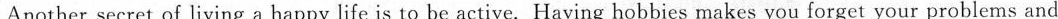
Another secret of living a happy life is to be active. Having hobbies makes you forget your problems and